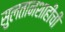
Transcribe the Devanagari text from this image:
सुलतानशाहीची